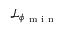
\mathcal { L } _ { \phi _ { \mathrm { ~ m ~ i ~ n ~ } } }